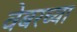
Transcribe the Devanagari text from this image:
वेबरच्या